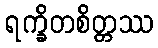
ရက္ခိတစိတ္တဿ